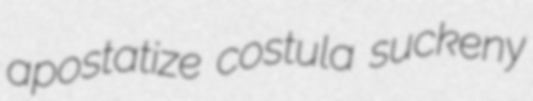
apostatize costula suckeny